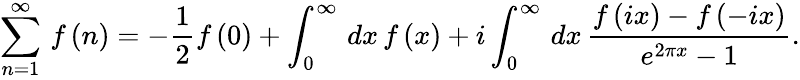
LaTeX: \sum_{n=1}^{\infty}\, f\left(n\right)=-\frac{1}{2}f\left(0\right)+\int_{0}^{\infty}\, dx\, f\left(x\right)+i\int_{0}^{\infty}\, dx\, \frac{f\left(ix\right)-f\left(-ix\right)}{e^{2\pi x}-1}.